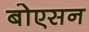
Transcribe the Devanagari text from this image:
बोएसन